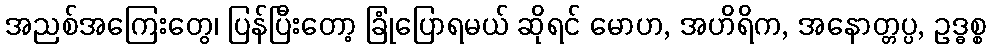
အညစ်အကြေးတွေ၊ ပြန်ပြီးတော့ ခြုံပြောရမယ် ဆိုရင် မောဟ, အဟိရိက, အနောတ္တပ္ပ, ဥဒ္ဓစ္စ